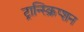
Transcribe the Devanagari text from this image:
ट्रान्स्क्रिप्शन